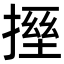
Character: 𫽪